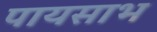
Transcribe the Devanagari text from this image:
पायसाभ